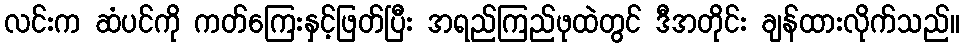
လင်းက ဆံပင်ကို ကတ်ကြေးနှင့်ဖြတ်ပြီး အရည်ကြည်ဖုထဲတွင် ဒီအတိုင်း ချန်ထားလိုက်သည်။